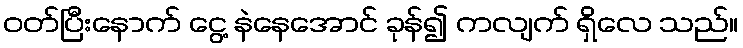
ဝတ်ပြီးနောက် ငွေ့ နဲနေအောင် ခုန်၍ ကလျက် ရှိလေ သည်။